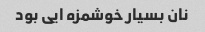
نان بسیار خوشمزه ایی بود